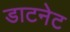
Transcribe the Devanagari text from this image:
डाटनेट